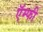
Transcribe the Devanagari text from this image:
ऍम्‍फी